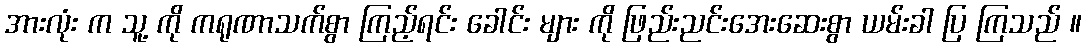
အားလုံး က သူ့ ကို ကရုဏာသက်စွာ ကြည့်ရင်း ခေါင်း များ ကို ဖြည်းညင်းအေးဆေးစွာ ယမ်းခါ ပြ ကြသည် ။